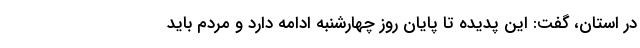
در استان، گفت: این پدیده تا پایان روز چهارشنبه ادامه دارد و مردم باید